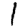
Digit: 1